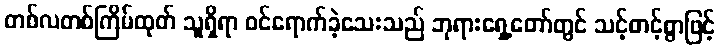
တစ်လတစ်ကြိမ်ထုတ် သူရှိရာ ဝင်ရောက်ခဲ့သေးသည် ဘုရားရှေ့တော်တွင် သင့်တင့်စွာဖြင့်